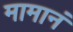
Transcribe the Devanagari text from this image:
मामानं